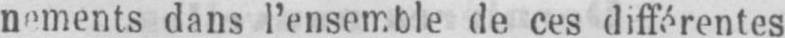
nements dans l’ensemble de ces différentes